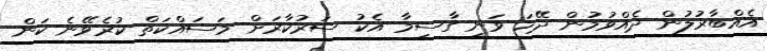
އެއްބާރުލުން ދެއްވުމުން ދޭހަ ވަނީ ގާސިމާ އެކު ސަރުކާރަށް މަސައްކަތް ކުރެވޭނެ ކަން